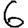
Digit: 6